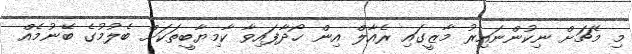
މި މެޗަށް ނިކުންނައިރު މާޒީގައި ރެއާލް އިން ހޯދާފައިވާ ކާމިޔާބީތަކަށް ބެލުމުގެ ބޭނުމެއް